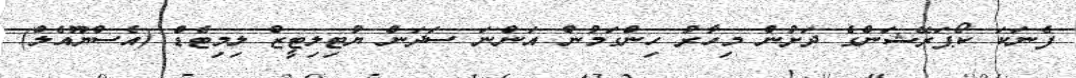
ފެނަކަ ކޯޕަރޭޝަންގެ ދަށުން މިހާރު ހިންގަމުން އަންނަ ސަދަން ޔުޓިލިޓީޒް ލިމިޓެޑް (އެސްޔޫއެލް)